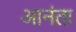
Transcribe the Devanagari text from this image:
आनंता